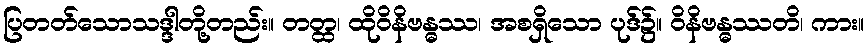
ပြတတ်သောသဒ္ဒါတို့တည်း။ တတ္ထ၊ ထိုဝိနိဗန္ဓဿ၊ အစရှိသော ပုဒ်၌။ ဝိနိဗန္ဓဿတိ၊ ကား။